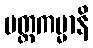
ပတ္တကမ္မာနိ